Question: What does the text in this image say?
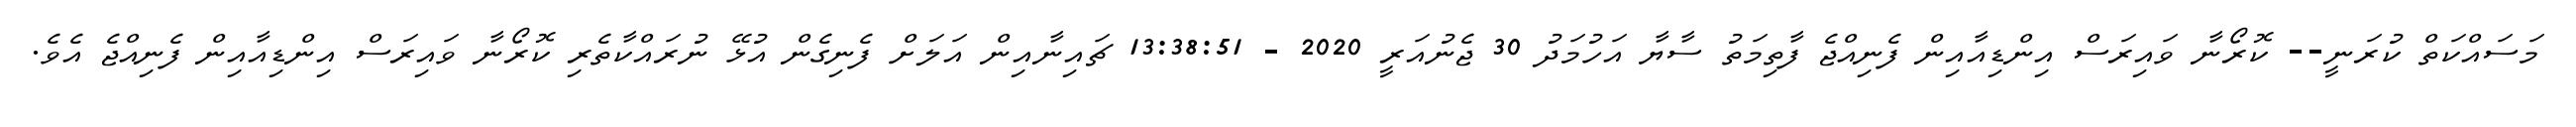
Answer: މަސައްކަތް ކުރަނީ-- ކޮރޯނާ ވައިރަސް އިންޑިއާއިން ފެނިއްޖެ ފާތިމަތު ސާޔާ އަހުމަދު 30 ޖެނުއަރީ 2020 - 13:38:51 ޗައިނާއިން އަލަށް ފެނިގެން އުޅޭ ނުރައްކާތެރި ކޮރޯނާ ވައިރަސް އިންޑިއާއިން ފެނިއްޖެ އެވެ.